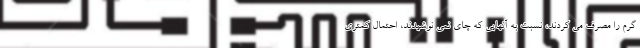
گرم را مصرف می کردند، نسبت به آنهایی که چای نمی نوشیدند، احتمال کمتری